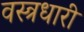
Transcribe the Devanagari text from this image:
वस्‍त्रधारी